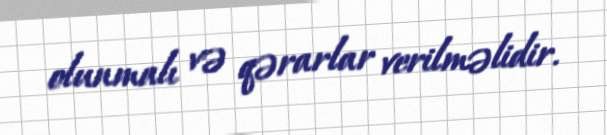
olunmalı və qərarlar verilməlidir.